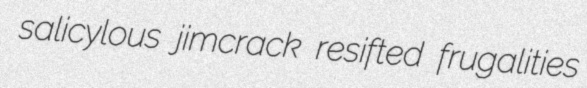
salicylous jimcrack resifted frugalities